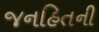
જનહિતની